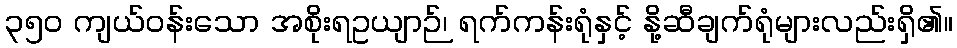
၃၅၀ ကျယ်ဝန်းသော အစိုးရဥယျာဉ်၊ ရက်ကန်းရုံနှင့် နို့ဆီချက်ရုံများလည်းရှိ၏။